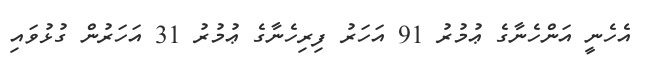
އެހެނީ އަންހެނާގެ ޢުމުރު 91 އަހަރު ފިރިހެނާގެ ޢުމުރު 31 އަހަރުން ގުޅުވައި